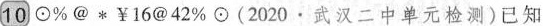
10⊙%@*￥16@42%⊙(2020.武汉二中单元检测）已知